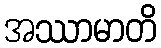
အဿာမာတိ